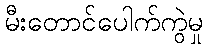
မီးတောင်ပေါက်ကွဲမှု